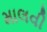
માલવી